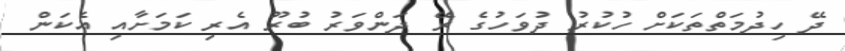
ދޭ ހިދުމަތްތަކަށް ހުކުރު ދުވަހުގެ ރޭ ދަންވަރު ބުރޫ އެރި ކަމަށާއި އެކަން